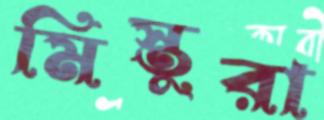
মিস্তুরা